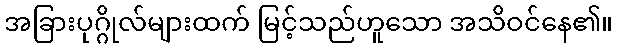
အခြားပုဂ္ဂိုလ်များထက် မြင့်သည်ဟူသော အသိဝင်နေ၏။